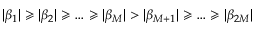
| \beta _ { 1 } | \geqslant | \beta _ { 2 } | \geqslant \ldots \geqslant | \beta _ { M } | > | \beta _ { M + 1 } | \geqslant \ldots \geqslant | \beta _ { 2 M } |